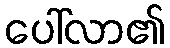
ပေါ်လာ၏